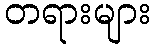
တရားများ